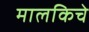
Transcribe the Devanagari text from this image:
मालकिचे